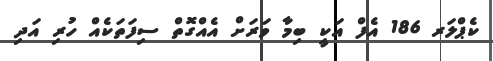
ކެޕްލަރ 186 އެފް އަކީ ބިމާ ވަރަށް އެއްގޮތް ސިފަތަކެއް ހުރި އަދި